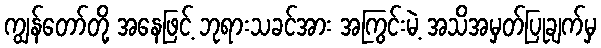
ကျွန်တော်တို့ အနေဖြင့် ဘုရားသခင်အား အကြွင်းမဲ့ အသိအမှတ်ပြုချက်မှ